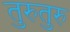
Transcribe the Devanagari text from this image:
तुरुतुरु